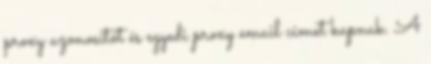
proxy azonosítót és egyedi proxy email címet kapnak. A